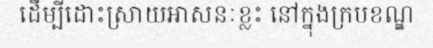
ដើម្បីដោះស្រាយអាសនៈខ្លះ នៅក្នុងក្របខណ្ឌ